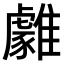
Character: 𩁋